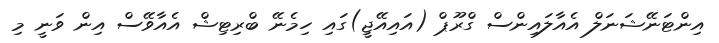
އިންޓަނޭޝަނަލް އެއާލައިންސް ގްރޫޕް (އައިއޭޖީ)ގައި ހިމެނޭ ބްރިޓިޝް އެއާވޭސް އިން ވަނީ މި